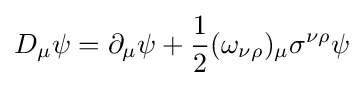
D_{\mu }\psi =\partial _{\mu }\psi +{\frac {1}{2}}(\omega _{\nu \rho })_{\mu }\sigma ^{\nu \rho }\psi